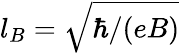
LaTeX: l_{B}=\sqrt{\hbar/(eB)}